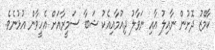
ކާމޭޒު ދޮށުން ނާއިލު އާއި ނަވާލު ދިއުމާއިއެކު ޝަބާ ސަމީރާއަށް އެހީވާން އުޅުނެވެ.